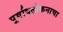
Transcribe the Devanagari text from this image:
पूर्वावलोकनाचा